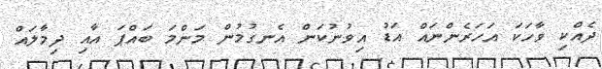
ދެއްކި ވާހަކަ އަހަރެންނައް އަޑު އިވުނުކަން އެނގުމުން މަންމަ ބައްޕަ އާއި ދިމާލައް